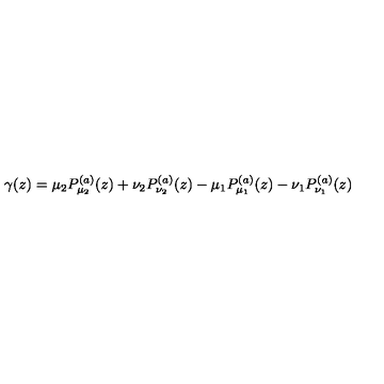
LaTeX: \gamma ( z ) = \mu _ { 2 } P _ { \mu _ { 2 } } ^ { ( a ) } ( z ) + \nu _ { 2 } P _ { \nu _ { 2 } } ^ { ( a ) } ( z ) - \mu _ { 1 } P _ { \mu _ { 1 } } ^ { ( a ) } ( z ) - \nu _ { 1 } P _ { \nu _ { 1 } } ^ { ( a ) } ( z )